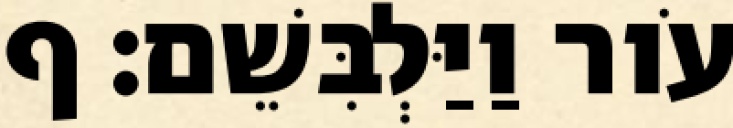
עֹור וַיַּלְבִּשֵׁם׃ ף